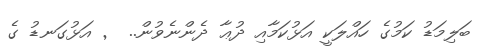
ބަލިމަޑު ކަމުގެ ހައްލަކީ އަޅުކަމާއި ދުޢާ ދެންނެވުން..